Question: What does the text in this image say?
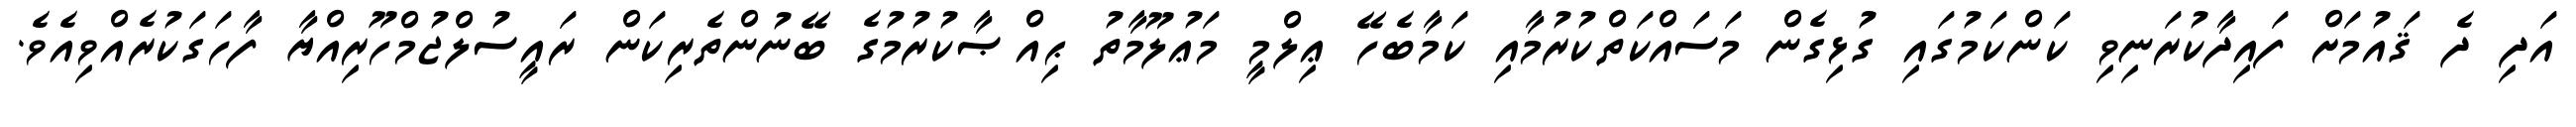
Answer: އަދި ދެ ޤައުމަށް ފައިދާކުރަނިވި ކަންކަމުގައި ގުޅިގެން މަސައްކަތްކުރުމާއި ކަމާބެހޭ ޢިލްމީ މަޢުލޫމާތު ޙިއްޞާކުރުމުގެ ބޭނުންތެރިކަން ރައީސުލްޖުމްހޫރިއްޔާ ފާހަގަކުރެއްވިއެވެ.